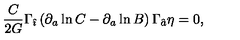
{ \frac { C } { 2 G } } \Gamma _ { \hat { \imath } } \left( \partial _ { a } \ln C - \partial _ { a } \ln B \right) \Gamma _ { \hat { a } } \eta = 0 ,